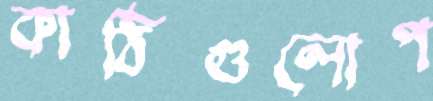
কাঠিগুলোপ